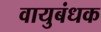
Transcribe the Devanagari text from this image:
वायुबंधक